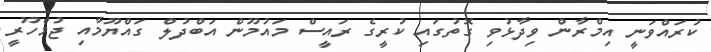
ކުރައްވަނީ އިމްރާން ވިދާޅުވި ގޮތުގައި ކުރީގެ ރައީސް މައުމޫން އަބްދުލް ގައްޔޫމާއި ޖުމްހޫރީ